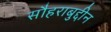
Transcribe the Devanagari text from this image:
सौहराबुद्दीन